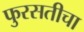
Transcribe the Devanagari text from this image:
फुरसतीचा